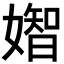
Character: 𡡧